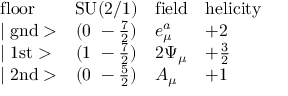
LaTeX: \begin{array} { l c l l } { { \mathrm { f l o o r } } } & { { \mathrm { S U ( 2 / 1 ) } } } & { { \mathrm { f i e l d } } } & { { \mathrm { h e l i c i t y } } } \\ { { \mid \mathrm { g n d } > } } & { { ( 0 ~ - \frac { 7 } { 2 } ) } } & { { e _ { \mu } ^ { a } } } & { { + 2 } } \\ { { \mid \mathrm { 1 s t } > } } & { { ( 1 ~ - \frac { 7 } { 2 } ) } } & { { 2 \Psi _ { \mu } } } & { { + \frac { 3 } { 2 } } } \\ { { \mid \mathrm { 2 n d } > } } & { { ( 0 ~ - \frac { 5 } { 2 } ) } } & { { A _ { \mu } } } & { { + 1 } } \end{array}